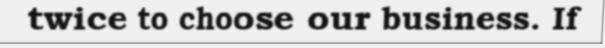
twice to choose our business. If